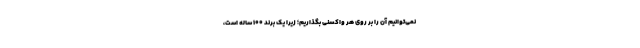
نمی‌توانیم آن را بر روی هر واکسنی بگذاریم؛ زیرا یک برند ۱۰۰ ساله است،